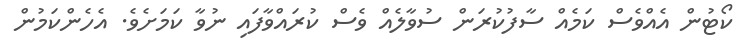
ކޯޓުން އެއްވެސް ކަމެއްް ސާފުކުރަން ސުވާލެއް ވެސް ކުރައްވާފައި ނުވާ ކަމަށެވެ. އެހެންކަމުން